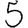
Digit: 5